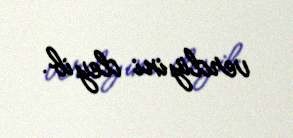
verdiyini deyib.